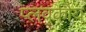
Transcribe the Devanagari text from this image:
प्लवकीय